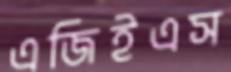
এজিইএস